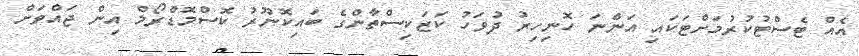
އެއް ޓެސްޓުކުރުމަށްޓަކައި އަންނަ ހޮނިހިރު ދުވަހު ކަޒަކިސްތާންގެ ބައިކޮނޫރު ކޮސްމޮޑްރޯމް އިން ޖައްވަށް